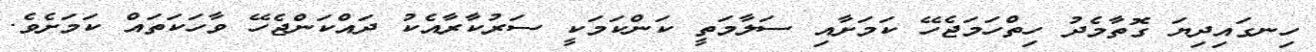
ހިނގައިދިޔަ ގޮތާމެދު ހިތްހަމަޖެހޭ ކަމަށާއި ސަލާމަތީ ކަންކަމަކީ ސަރުކާރާއެކު ދައްކަންޖެހޭ ވާހަކަތައް ކަމަށެވެ.